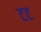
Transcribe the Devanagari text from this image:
टट